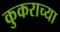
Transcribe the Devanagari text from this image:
कुकराच्या